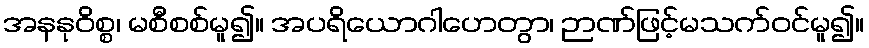
အနနုဝိစ္စ၊ မစီစစ်မူ၍။ အပရိယောဂါဟေတွာ၊ ဉာဏ်ဖြင့်မသက်ဝင်မူ၍။